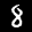
Label: 8